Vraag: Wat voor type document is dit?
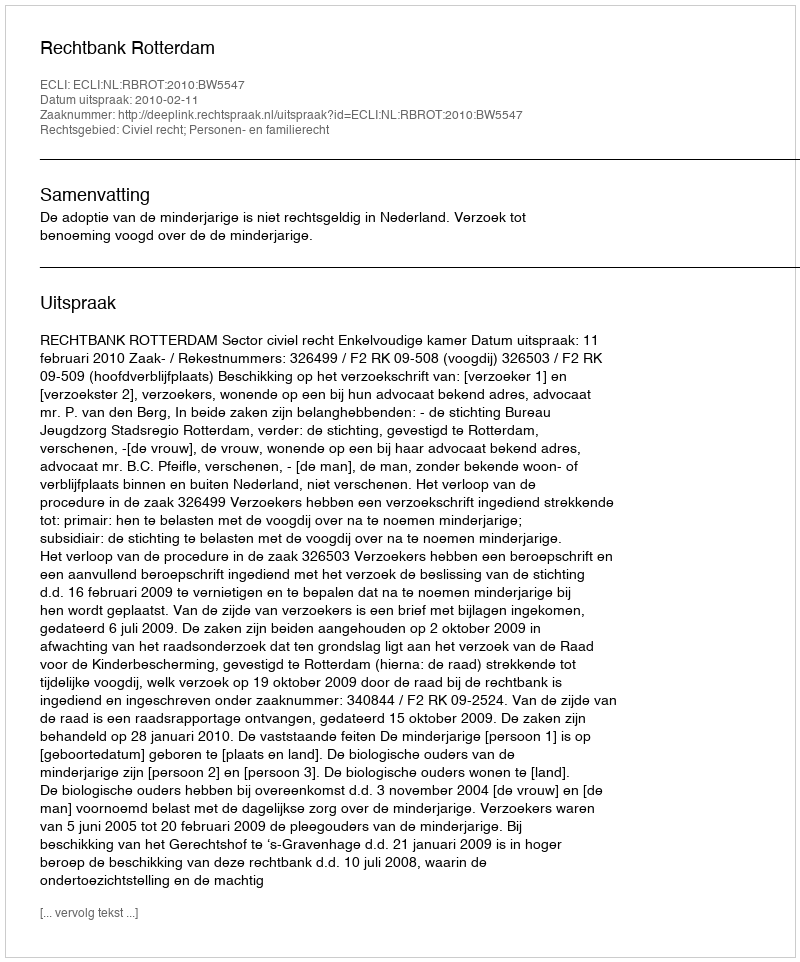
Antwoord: Uitspraak